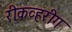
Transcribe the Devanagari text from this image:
रीकव्हरीग